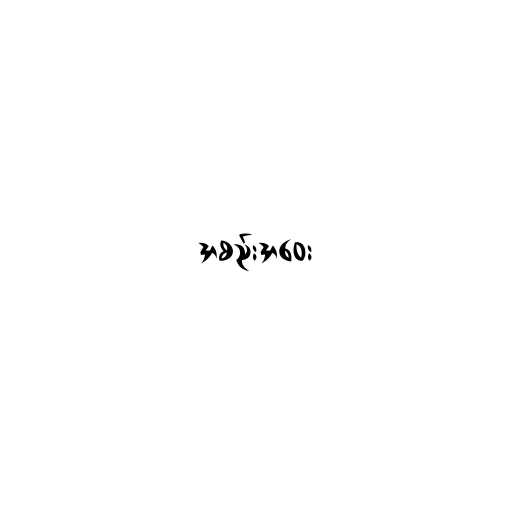
အစည်းအဝေး